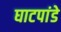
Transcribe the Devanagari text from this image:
घाटपांडे